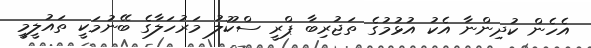
އެހެން ކުދިންނާ އެކު އުޅުމުގެ ތަޖުރިބާ ޕްރީ ސްކޫލު މަރުހަލާގެ ބޭނުމަކީ ތައުލީމީ